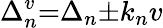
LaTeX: \Delta_{n}^{v}{=}\Delta_{n}{\pm}k_{n}v